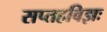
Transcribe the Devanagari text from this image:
सप्तहविझः